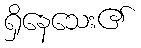
ရှိနေသေး၏